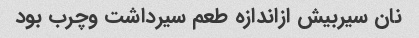
نان سیربیش ازاندازه طعم سیرداشت وچرب بود